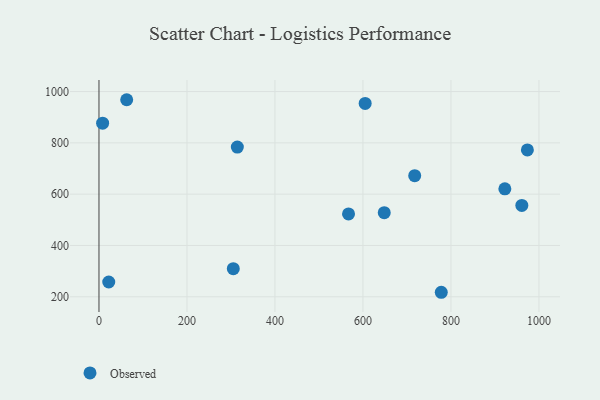
{"axis": {"x": "Speed", "y": "Profit"}, "legend": ["Observed"], "data": [{"x": "63.0", "y": 968.1, "type": "Observed"}, {"x": "778.0", "y": 217.6, "type": "Observed"}, {"x": "305.3", "y": 309.5, "type": "Observed"}, {"x": "605.0", "y": 953.5, "type": "Observed"}, {"x": "314.5", "y": 783.5, "type": "Observed"}, {"x": "961.1", "y": 556.2, "type": "Observed"}, {"x": "648.4", "y": 527.8, "type": "Observed"}, {"x": "717.6", "y": 672.0, "type": "Observed"}, {"x": "22.2", "y": 257.7, "type": "Observed"}, {"x": "567.2", "y": 522.9, "type": "Observed"}, {"x": "922.5", "y": 620.8, "type": "Observed"}, {"x": "8.3", "y": 876.8, "type": "Observed"}, {"x": "973.7", "y": 772.6, "type": "Observed"}]}